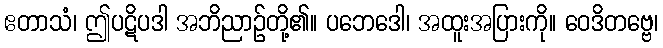
ဧတာသံ၊ ဤပဋိပဒါ အဘိညာဉ်တို့၏။ ပဘေဒေါ၊ အထူးအပြားကို။ ဝေဒိတဗ္ဗေ၊